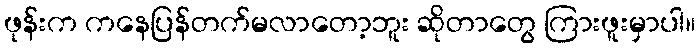
ဖုန်းက ကနေပြန်တက်မလာတော့ဘူး ဆိုတာတွေ ကြားဖူးမှာပါ။